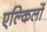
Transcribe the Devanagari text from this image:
एल्किलों